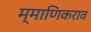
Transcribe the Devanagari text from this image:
म्माणिकराव